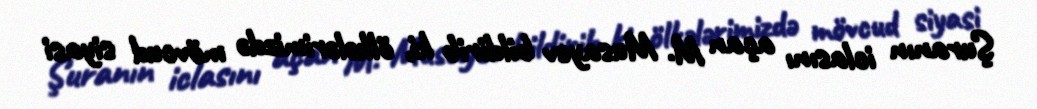
Şuranın iclasını açan M. Musayev bildirib ki, ölkələrimizdə mövcud siyasi